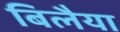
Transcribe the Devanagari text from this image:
बिलैया